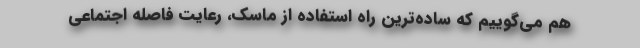
هم می‌گوییم که ساده‌ترین راه استفاده از ماسک، رعایت فاصله اجتماعی